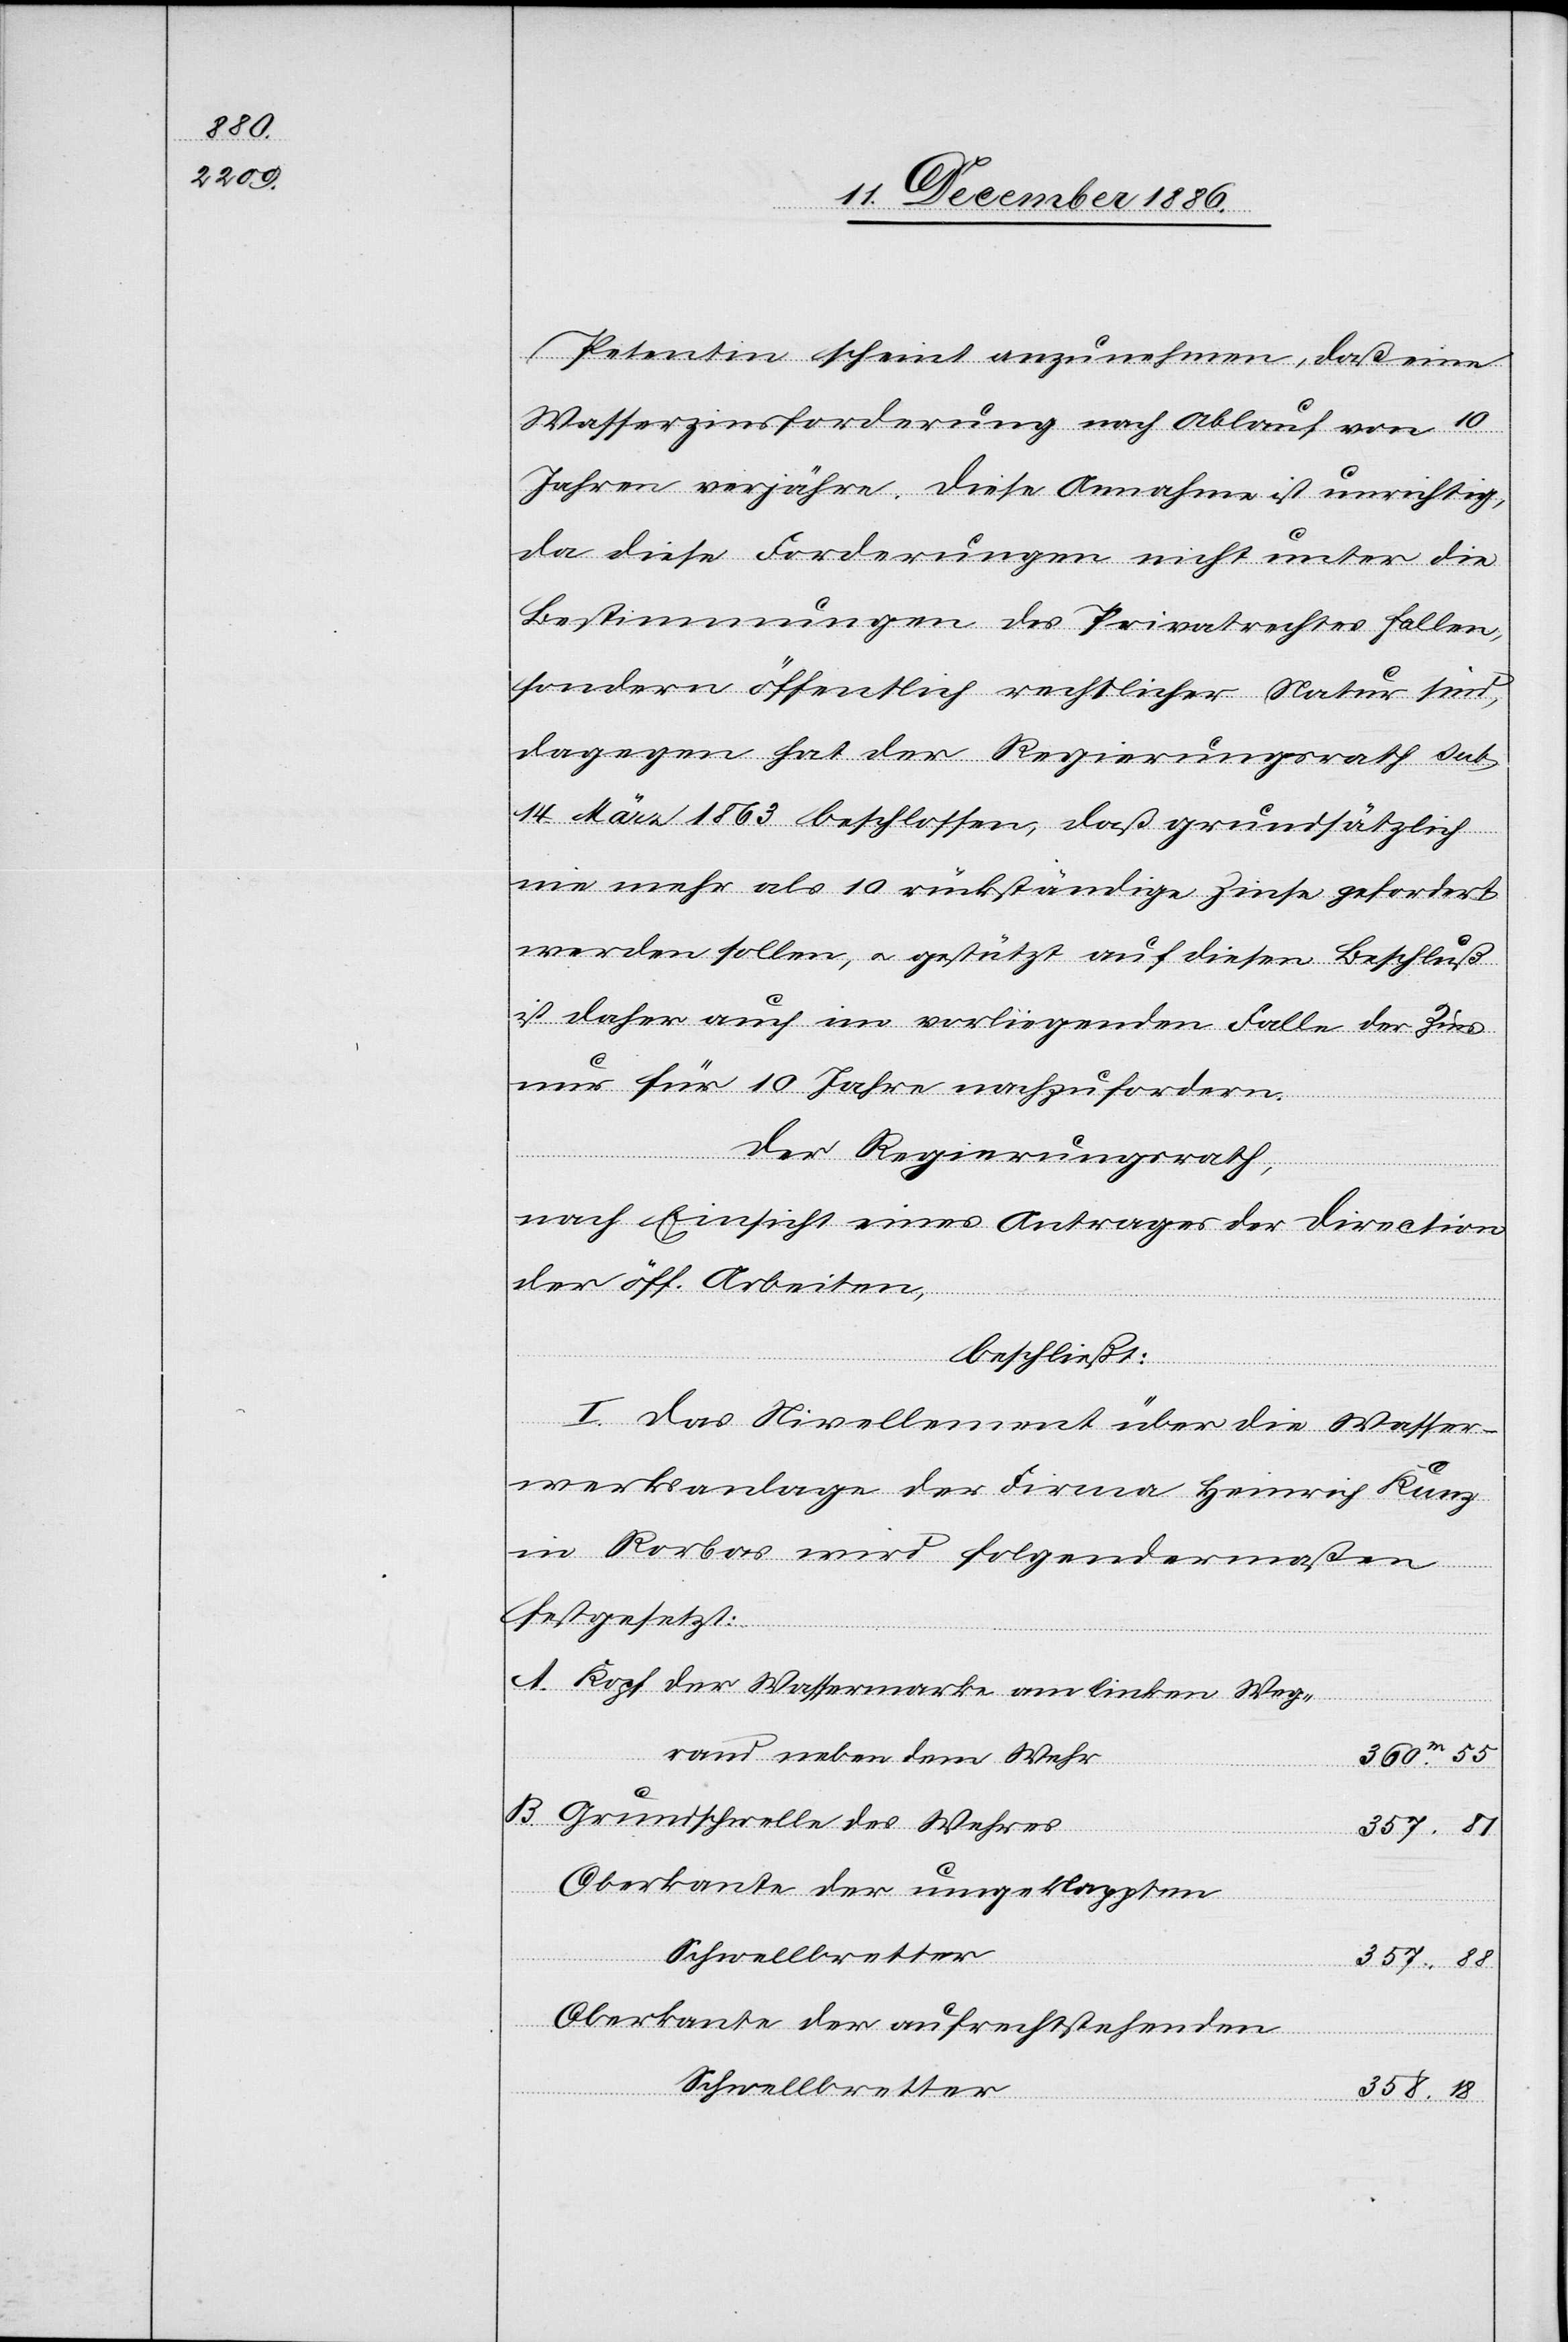
18

B.
Petentin scheint anzunehmen, daß eine
Wasserzinsforderung nach Ablauf von 10
Jahren verjähre. Diese Annahme ist unrichtig,
da diese Forderungen nicht unter die
Bestimmungen des Privatrechtes fallen,
sondern öffentlich rechtlicher Natur sind,
dagegen hat der Regierungsrath sub.
14. März 1863 beschlossen, daß grundsätzlich
nie mehr als 10 rückständige Zinse gefordert
werden sollen, & gestützt auf diesen Beschluß
ist daher auch im vorliegenden Falle der Zins
nur für 10 Jahre nachzufordern.
Der Regierungsrath,
nach Einsicht eines Antrages der Direction
der öff. Arbeiten,
beschließt:
I. Das Nivellement über die Wasser¬
werksanlage der Firma Heinrich Kunz
in Rorbas wird folgendermaßen
festgesetzt:
Kopf der Wassermarke am linken Weg¬
rand neben dem Wehr
Grundschwelle des Wehres
357.
Oberkante der umgeklappten
Schwellbretter
357.
Oberkante der aufrechtstehenden
Schwellbretter